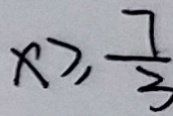
x \geq \frac { 7 } { 3 }